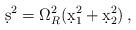
LaTeX: \begin{align*}\d s^2 = \Omega_R^2 ( \d x_1^2 + \d x_2^2 ) \, ,\end{align*}